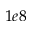
1 e 8